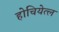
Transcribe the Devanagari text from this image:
होचियेत्ल